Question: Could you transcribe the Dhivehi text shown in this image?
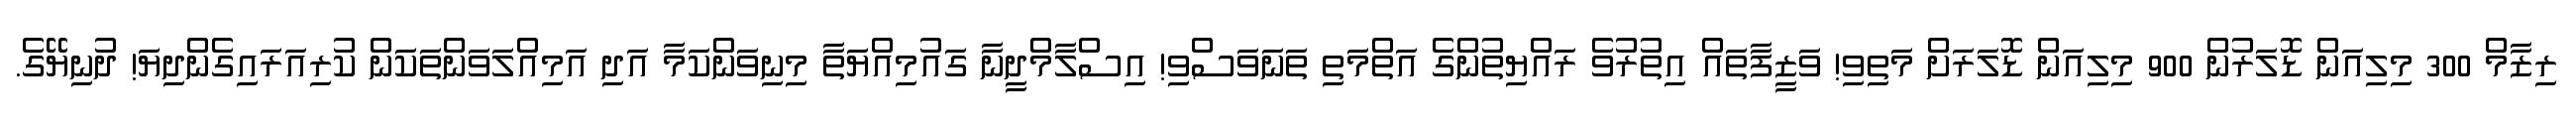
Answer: ރިޒާމް 300 މިލިއަން ޑޮލަރުން 900 މިލިއަން ޑޮލަރަށް މަތިވި! ވަޒީފާތައް އިތުރުވެ ރައްޔިތުންގެ އަތްމަތި ތަނަވަސްވި! އިސްލާމްދީނާ ގައުމިއްޔަތާ މިނިވަންކަމާ އަދި އަމިއްލަވަންތަކަން ކުރިއަރައިގެންދިޔަ! ދުނިޔޭގެ.